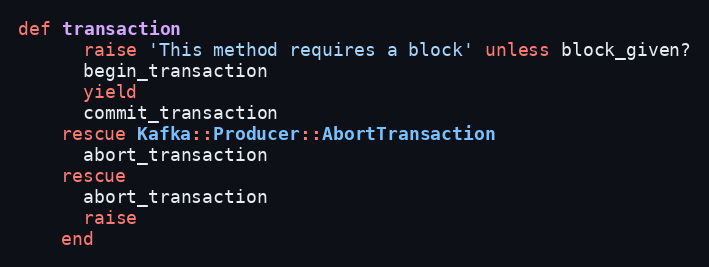
Language: Ruby
def transaction
      raise 'This method requires a block' unless block_given?
      begin_transaction
      yield
      commit_transaction
    rescue Kafka::Producer::AbortTransaction
      abort_transaction
    rescue
      abort_transaction
      raise
    end